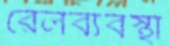
রেলব্যবস্থা